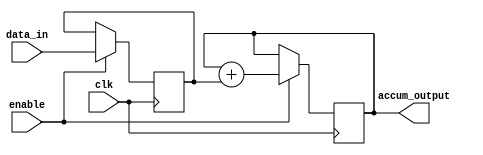
module parallel_accumulator(
    input wire clk,
    input wire enable,
    input wire [7:0] data_in,
    output reg [15:0] accum_output
);

reg [15:0] accum_reg;
reg [7:0] data_reg;

always @(posedge clk) begin
    if(enable) begin
        data_reg <= data_in;
        
        // Perform addition or subtraction operation here based on design requirement
        
        // Example of addition operation
        accum_reg <= accum_reg + data_reg;
    end
end

assign accum_output = accum_reg;

endmodule